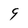
Character: 9